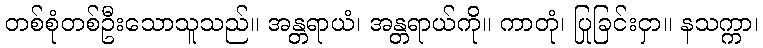
တစ်စုံတစ်ဦးသောသူသည်။ အန္တရာယံ၊ အန္တရာယ်ကို။ ကာတုံ၊ ပြုခြင်းငှာ။ နသက္ကာ၊